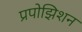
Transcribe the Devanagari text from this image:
प्रपोझिशन